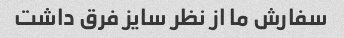
سفارش ما از نظر سایز فرق داشت